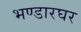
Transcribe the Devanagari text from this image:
भण्डारघर